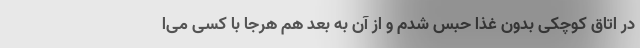
در اتاق کوچکی بدون غذا حبس شدم و از آن به بعد هم هرجا با کسی می‌ا